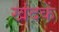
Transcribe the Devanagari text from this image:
खंदकें